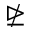
\ntrianglerighteq